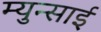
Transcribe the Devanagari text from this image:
म्युन्साई